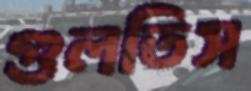
গুলতিস